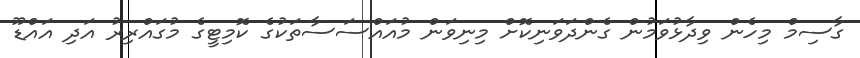
ގާސިމް މިހެން ވިދާޅުވަމުން ގެންދަވަނިކޮށް މިނިވަން މުއައްސަސާތަކުގެ ކޮމިޓީގެ މުގައްރިރު އަދި އައްޑޫ